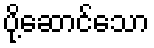
ပို့ဆောင်သော